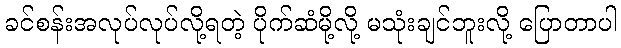
ခင်စန်းအလုပ်လုပ်လို့ရတဲ့ ပိုက်ဆံမို့လို့ မသုံးချင်ဘူးလို့ ပြောတာပါ